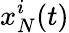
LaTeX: x_{N}^{i}(t)